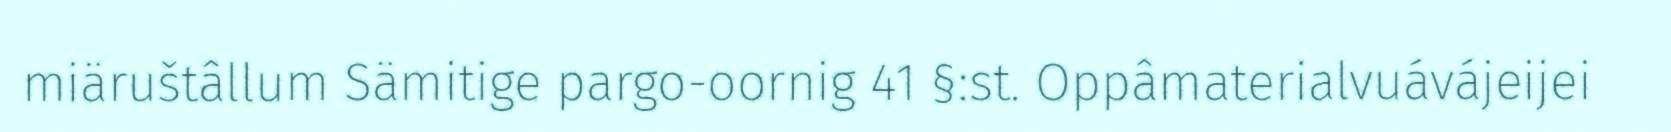
miäruštâllum Sämitige pargo-oornig 41 §:st. Oppâmaterialvuávájeijei